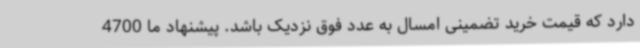
دارد که قیمت خرید تضمینی امسال به عدد فوق نزدیک باشد. پیشنهاد ما 4700